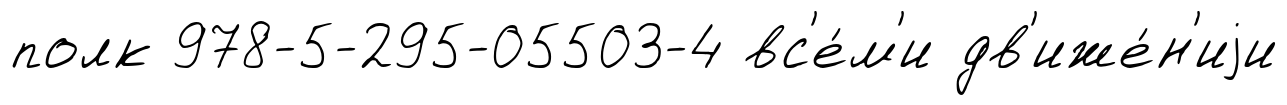
полк 978-5-295-05503-4 вс'е́м'и дв'иже́н'иjи